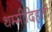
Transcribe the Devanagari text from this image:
थम्मीदिहत्ती